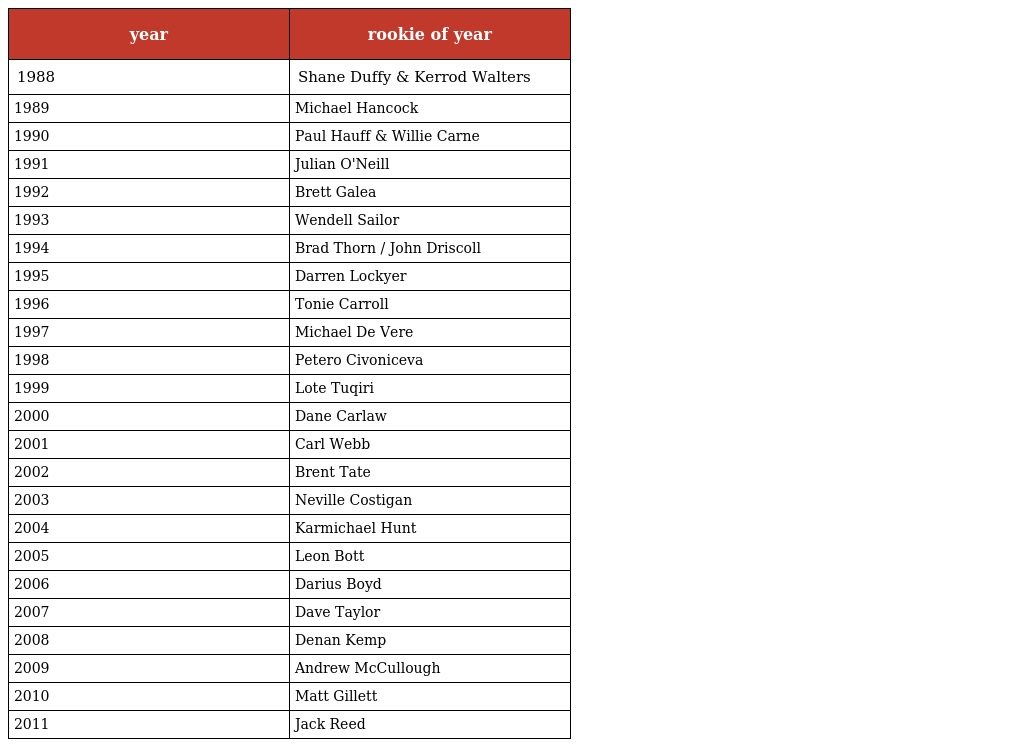
| year | rookie of year |
 | --- | --- |
 | 1988 | Shane Duffy & Kerrod Walters |
 | 1989 | Michael Hancock |
 | 1990 | Paul Hauff & Willie Carne |
 | 1991 | Julian O'Neill |
 | 1992 | Brett Galea |
 | 1993 | Wendell Sailor |
 | 1994 | Brad Thorn / John Driscoll |
 | 1995 | Darren Lockyer |
 | 1996 | Tonie Carroll |
 | 1997 | Michael De Vere |
 | 1998 | Petero Civoniceva |
 | 1999 | Lote Tuqiri |
 | 2000 | Dane Carlaw |
 | 2001 | Carl Webb |
 | 2002 | Brent Tate |
 | 2003 | Neville Costigan |
 | 2004 | Karmichael Hunt |
 | 2005 | Leon Bott |
 | 2006 | Darius Boyd |
 | 2007 | Dave Taylor |
 | 2008 | Denan Kemp |
 | 2009 | Andrew McCullough |
 | 2010 | Matt Gillett |
 | 2011 | Jack Reed |